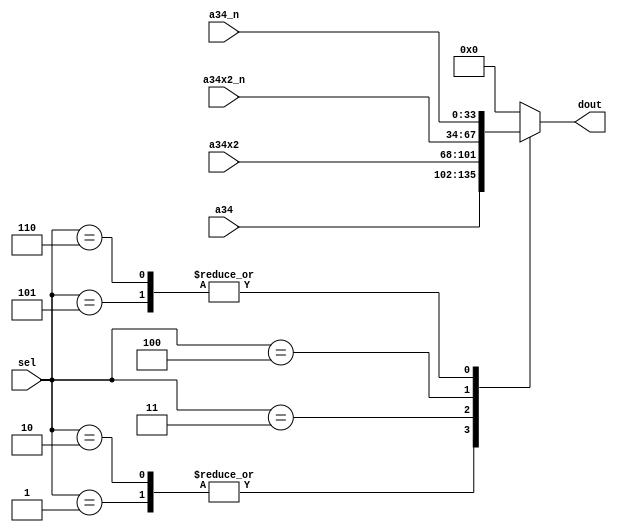
module mul_decode(sel, a34, a34x2, a34_n, a34x2_n, dout);
	
	input	[2:0]	sel;		// Input value
	
	input 	[33:0]	a34;		// A value
	input	[33:0]	a34x2;		// 2A value
	input	[33:0]	a34_n;		// -A value
	input	[33:0]	a34x2_n;	// -2A value
	
	output	[33:0]	dout;		// Output Value
	
	reg	[33:0]	dout;
	
	always@(sel or a34 or a34x2 or a34_n or a34x2_n)
	begin
	
	    case(sel)
		3'b000:	dout = 34'b0 ;
		3'b001:	dout = a34 ;
		3'b010:	dout = a34 ;
		3'b011:	dout = a34x2 ;
		3'b100:	dout = a34x2_n ;
		3'b101:	dout = a34_n ;
		3'b110:	dout = a34_n ;
		default: dout = 34'b0 ;
	    endcase  

	end

endmodule